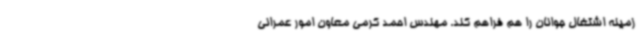
زمینه اشتغال جوانان را هم فراهم کند. مهندس احمد کرمی معاون امور عمرانی